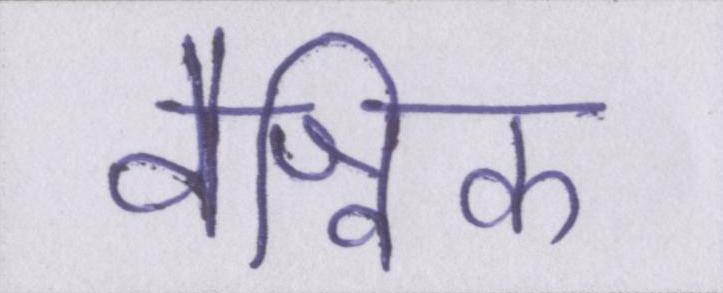
वैश्विक